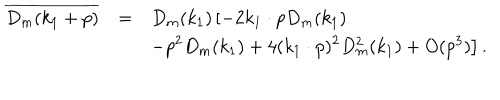
\begin{array} { r c l } { { \overline { { { D _ { m } ( k _ { 1 } + p ) } } } } } & { { = } } & { { \displaystyle D _ { m } ( k _ { 1 } ) \left[ - 2 k _ { 1 } \cdot p D _ { m } ( k _ { 1 } ) \right. } } \\ { { } } & { { } } & { { \displaystyle \left. - p ^ { 2 } D _ { m } ( k _ { 1 } ) + 4 ( k _ { 1 } \cdot p ) ^ { 2 } D _ { m } ^ { 2 } ( k _ { 1 } ) + O ( p ^ { 3 } ) \right] . } } \\ \end{array}